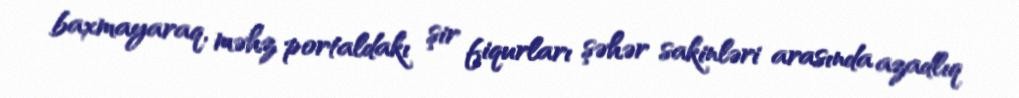
baxmayaraq, məhz portaldakı şir fiqurları şəhər sakinləri arasında azadlıq